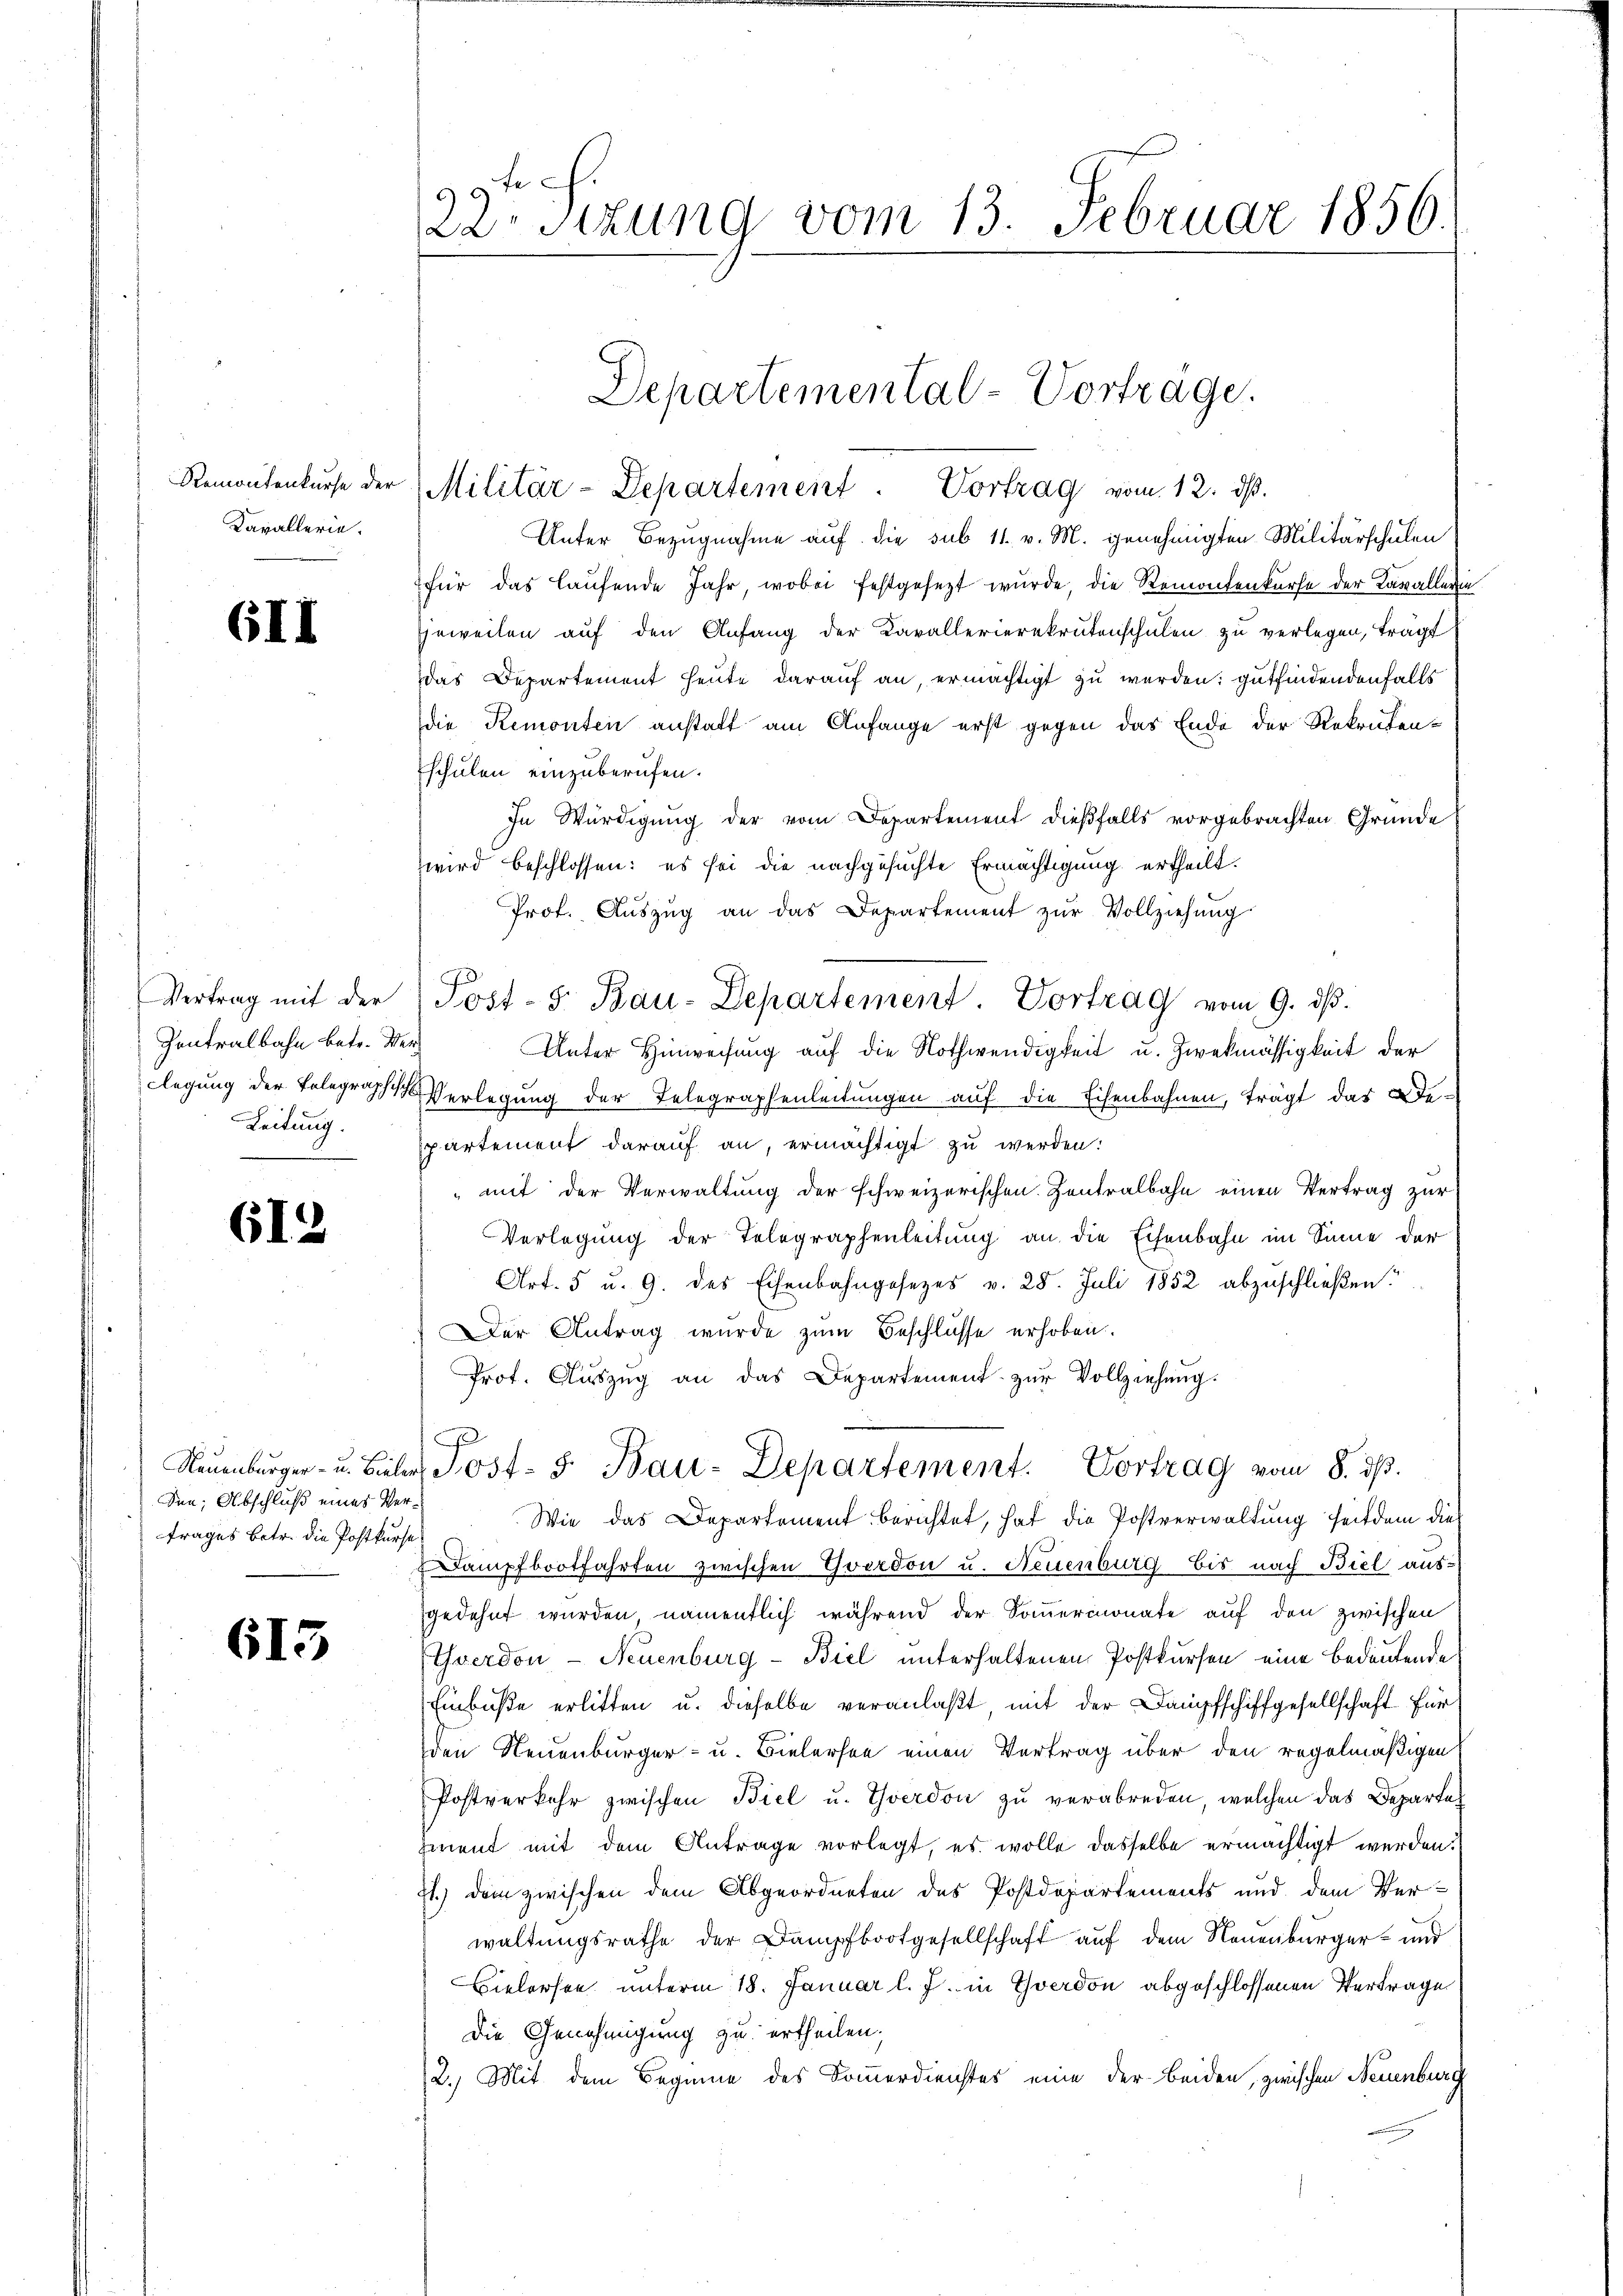
Remontenkurse der
Kavallerie.

6II

Vertrag mit der
Zentralbahn betr. Ver¬

612

den Abschluß eines Vertrages betr. die Postkurse

615

99te f
esizung vom 13. Februar 1856.

Unter Bezugnahme auf die sub 11 v. M. genehmigten Militärschulen
für das laufende Jahr, wobei festgesezt wurde, die Remontenkürfe der Kavallerin
jeweilen auf den Anfang der Kavallerierekrutenschulen zu verlegen, trägt
das Departement heute darauf an, ermächtigt zu werden: gutfindendenfalls
die Remonten anstatt am Anfange erst gegen das Ende der Rekrutenschulen einzuberufen.
In Würdigung der vom Departement dießfalls vorgebrachten Gründe
wird beschlossen: es sei die nachgesuchte Ermächtigung ertheilt.
Prof. Aŭszŭg an das Departement zŭr Vollziehŭng
Unter Hinweisung auf die Nothwendigkeit u. Zwekmässigkeit der
clegung der Telegraphisch Verlegung der Telegraphenleitungen auf die Eisenbahnen, trägt das De¬
Leitung. partement darauf an, ermächtigt zu werden:
" mit der Verwaltung der schweizerischen Zentralbahn einen Vertrag zur
Verlegŭng der Telegraphenleitŭng an die Eisenbahn im Sinne der
Art. 5 u. 9. des Eisenbahngesezes v. 28. Juli 1852 abzuschließen.
Der Antrag wurde zŭm Beschlüsse erhoben.
Prot. Aŭszŭg an das Departement zŭr Vollziehŭng.
Neuenburger- u. Bieler Post- 5. Bau-Departement. Vortrag vom 8. dβ.
Wie das Departement berichtet, hat die Postverwaltung seitdem dies
Dampfbootfahrten zwischen Yverdon u. Neuenburg bis nach Biel ausgedehnt wurden namentlich während der Sommermonate auf den zwischen
Yverdon - Neuenburg - Biel unterhaltenen Postkursen eine bedeutende
Einbuße erlitten u. dieselbe veranlaßt mit der Dampfschiffgesellschaft für
den Neuenburger- u. Bielersee einen Vertrag über den regelmäßigen
Postverkehr zwischen Biel u. Yverdon zŭ verabreden, welchen das Departegment mit dem Antrage vorlegt, es wolle dasselbe ermächtigt werden.
71.) dem zwischen dem Abgeordneten des Postdepartements und dem Verwaltungsrathe der Dampfbootgesellschaft auf dem Neuenburger- und
Bielersee unterm 18. Januar l. J. in Yverdon abgeschlossenen Vertrage
Die Genehmigung zu ertheilen;
2.) Mit dem Beginne des Sommerdienstes eine der beiden, zwischen Neuenburg

Militär-Departement. Vortrag vom 12. ds.

Departemental-Vorträge.

Post- 5. Bau-Departement. Vortrag vom 9. ds.